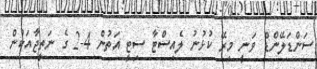
ސަންޑަލޭންޑް ވަނީ މިރޭ ކުޅުނު ލެއިސްޓާ ސިޓީ އަތުން 4-2 ގެ ނަތީޖާއަކުން